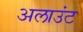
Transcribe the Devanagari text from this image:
अलाउंट